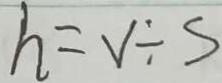
h = v \div s